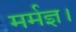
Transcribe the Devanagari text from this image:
मर्मज्ञ।